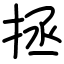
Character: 拯